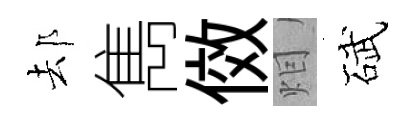
𨚫雋傚𤇆碔